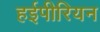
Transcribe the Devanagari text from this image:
हईपीरियन